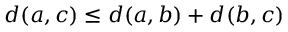
d ( a , c ) \leq d ( a , b ) + d ( b , c )